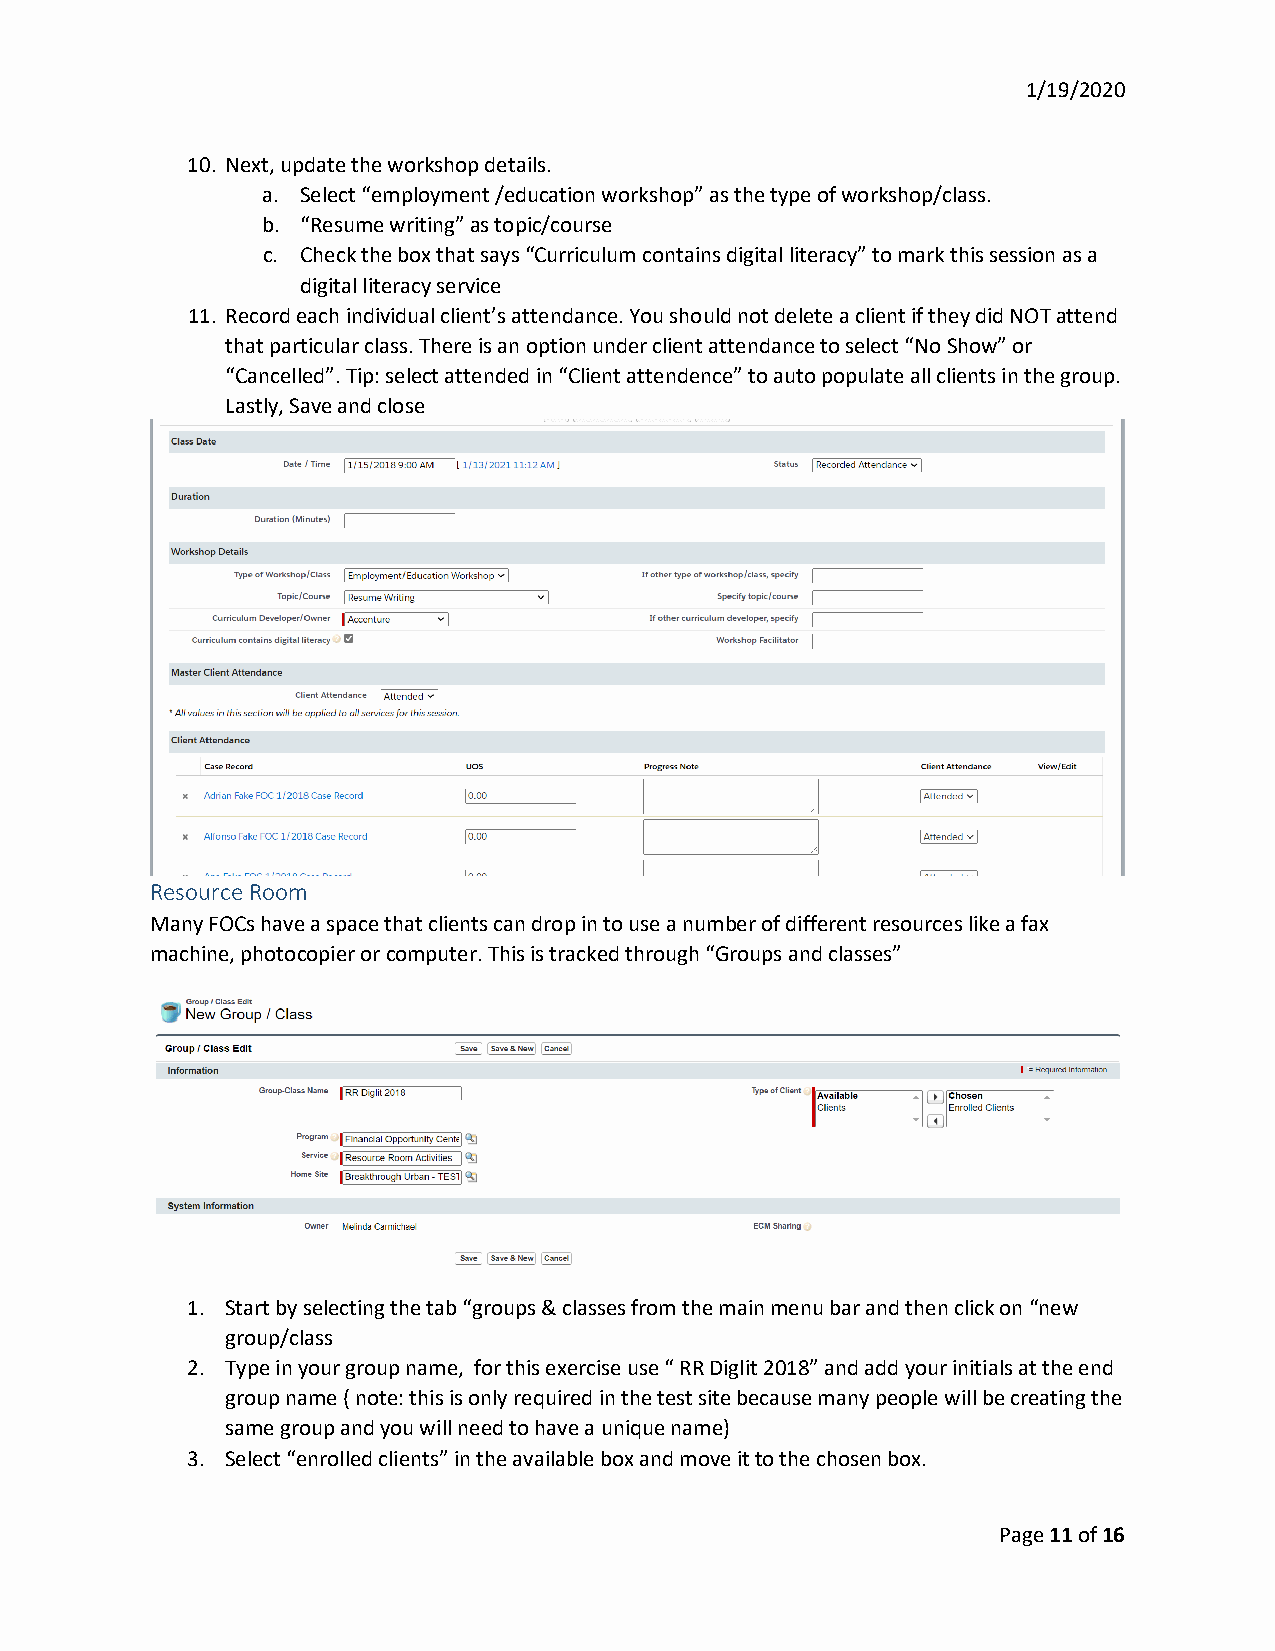
1/19/2020
 10. Next, update the workshop details.
 a. Select “employment /education workshop” as the type of workshop/class.
 b. “Resume writing” as topic/course
 c. Check the box that says “Curriculum contains digital literacy” to mark this session as a
 digital literacy service
 11. Record each individual client’s attendance. You should not delete a client if they did NOT attend
 that particular class. There is an option under client attendance to select “No Show” or
 “Cancelled”. Tip: select attended in “Client attendence” to auto populate all clients in the group.
 Lastly, Save and close
 Resource Room
 Many FOCs have a space that clients can drop in to use a number of different resources like a fax
 machine, photocopier or computer. This is tracked through “Groups and classes”
 1. Start by selecting the tab “groups & classes from the main menu bar and then click on “new
 group/class
 2. Type in your group name, for this exercise use “ RR Diglit 2018” and add your initials at the end
 group name ( note: this is only required in the test site because many people will be creating the
 same group and you will need to have a unique name)
 3. Select “enrolled clients” in the available box and move it to the chosen box.
 Page 11 of 16